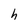
Character: h